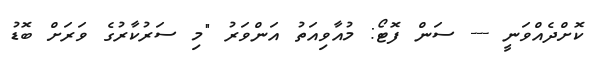
ކޮށްދެއްވަނީ --- ސަން ފޮޓޯ: މުއާވިއަތު އަންވަރު "މި ސަރުކާރުގެ ވަރަށް ބޮޑު